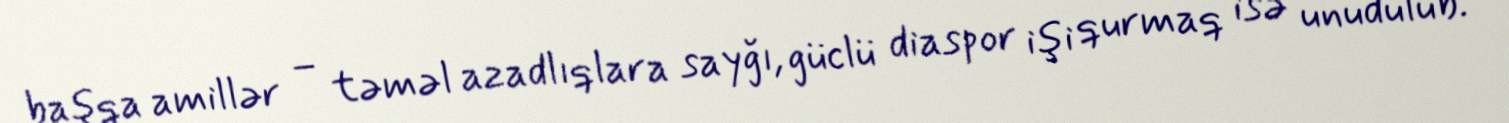
başqa amillər – təməl azadlıqlara sayğı, güclü diaspor işi qurmaq isə unudulub.